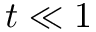
t \ll 1